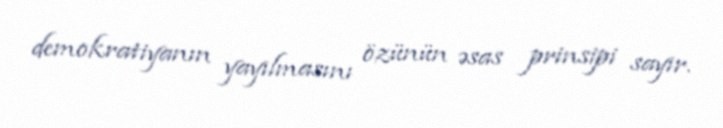
demokratiyanın yayılmasını özünün əsas prinsipi sayır.